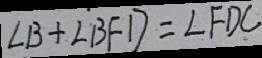
\angle B + \angle B F D = \angle F D C